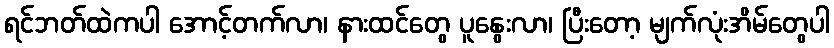
ရင်ဘတ်ထဲကပါ အောင့်တက်လာ၊ နားထင်တွေ ပူနွေးလာ၊ ပြီးတော့ မျက်လုံးအိမ်တွေပါ